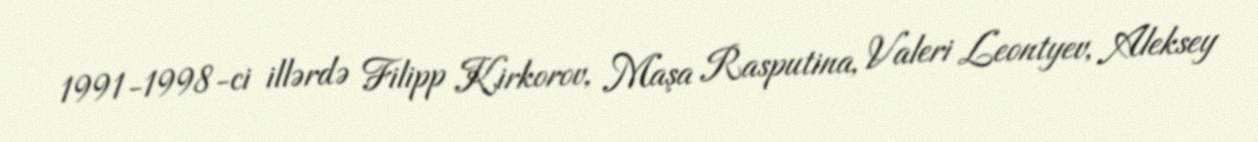
1991-1998-ci illərdə Filipp Kirkorov, Maşa Rasputina, Valeri Leontyev, Aleksey